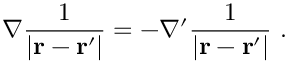
\nabla { \frac { 1 } { \left| \mathbf { r } - \mathbf { r } ^ { \prime } \right| } } = - \nabla ^ { \prime } { \frac { 1 } { \left| \mathbf { r } - \mathbf { r } ^ { \prime } \right| } } \ .